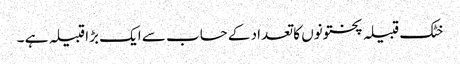
خٹک قبیلہ پختونوں کا تعداد کے حساب سے ایک بڑا قبیلہ ہے ۔